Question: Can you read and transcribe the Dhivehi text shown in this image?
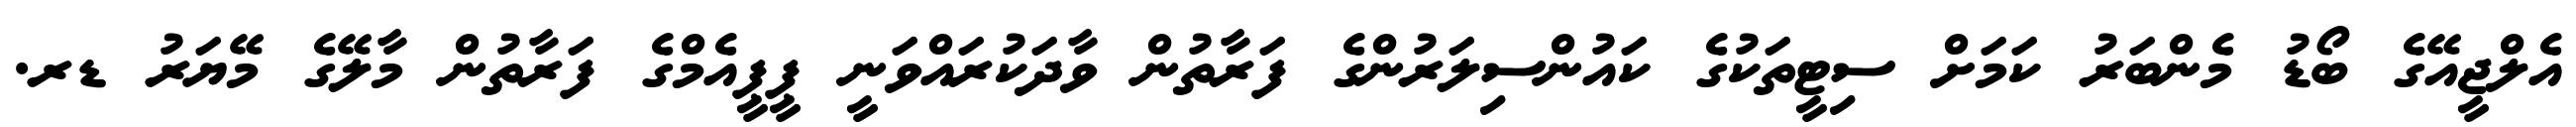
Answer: އެލްޖީއޭގެ ބޯޑު މެންބަރު ކަމަށް ސިޓީތަކުގެ ކައުންސިލަރުންގެ ފަރާތުން ވާދަކުރައްވަނީ ޕީޕީއެމްގެ ފަރާތުން މާލޭގެ މޭޔަރު ޑރ.